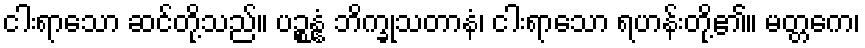
ငါးရာသော ဆင်တို့သည်။ ပဉ္စန္နံ ဘိက္ခုသတာနံ၊ ငါးရာသော ရဟန်းတို့၏။ မတ္တကေ၊